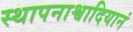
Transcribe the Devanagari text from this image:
स्थापनाश्वादियानं